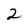
Character: 2